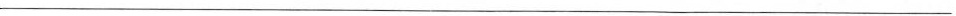
___